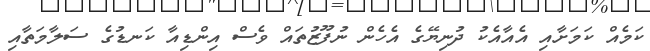
ކަަމެއް ކަމަށާއި އެއާއެކު ދުނިޔޭގެ އެހެން ނުފޫޒުތައް ވެސް އިންޑިއާ ކަނޑުގެ ސަލާމަތާއި